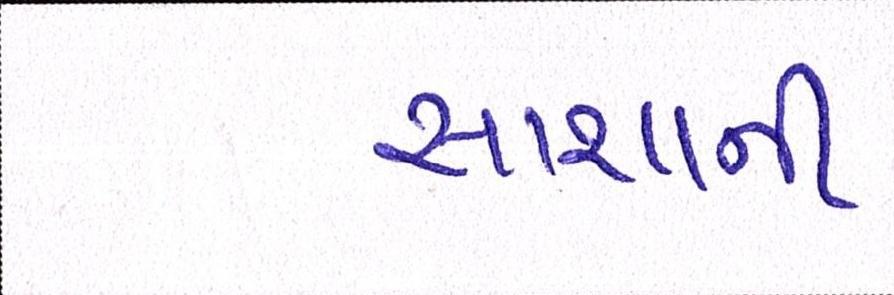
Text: સાશાની